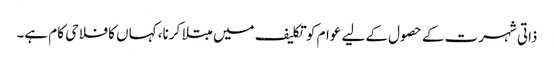
ذاتی شہرت کے حصول کے لیے عوام کو تکلیف میں مبتلا کرنا، کہاں کا فلاحی کام ہے۔